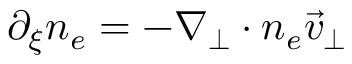
\partial _ { \xi } n _ { e } = - \nabla _ { \perp } \cdot n _ { e } \vec { v } _ { \perp }